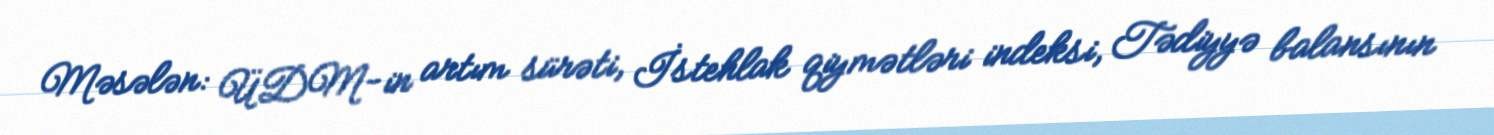
Məsələn: ÜDM-in artım sürəti, İstehlak qiymətləri indeksi, Tədiyyə balansının